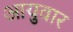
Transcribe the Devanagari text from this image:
आयुवार